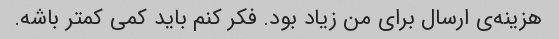
هزینه‌ی ارسال برای من زیاد بود. فکر کنم باید کمی کمتر باشه.